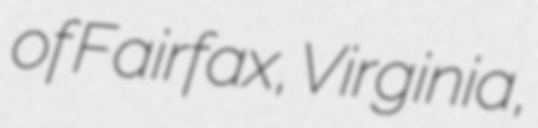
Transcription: of Fairfax, Virginia,